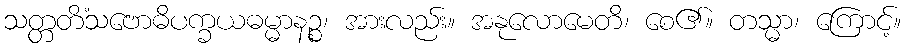
သတ္တတိံသဗောဓိပက္ခယဓမ္မာနဉ္စ၊ အားလည်း။ အနုလောမေတိ၊ စေ၏။ တသ္မာ၊ ကြောင့်။